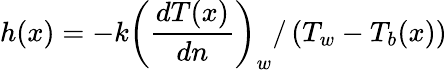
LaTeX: h(x)=-k\left(\frac{dT(x)}{dn}\right)_{w}/\left(T_{w}-T_{b}(x)\right)